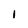
Character: 1